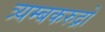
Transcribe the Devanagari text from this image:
त्र्यम्बकरुद्रो